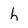
Character: h